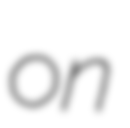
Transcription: on